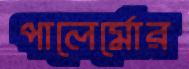
পালের্মোর